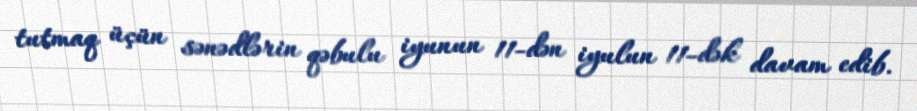
tutmaq üçün sənədlərin qəbulu iyunun 11-dən iyulun 11-dək davam edib.